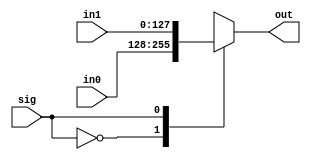
module mux2_1_L5(in0,in1, sig,out);
input [8*16-1:0] in0,in1;
input  sig;
output reg [8*16-1:0]  out;
 
always@(*)
begin
    case(sig)
    1'b0:  out=in0;
    1'b1:  out=in1;
    
    endcase
end
endmodule